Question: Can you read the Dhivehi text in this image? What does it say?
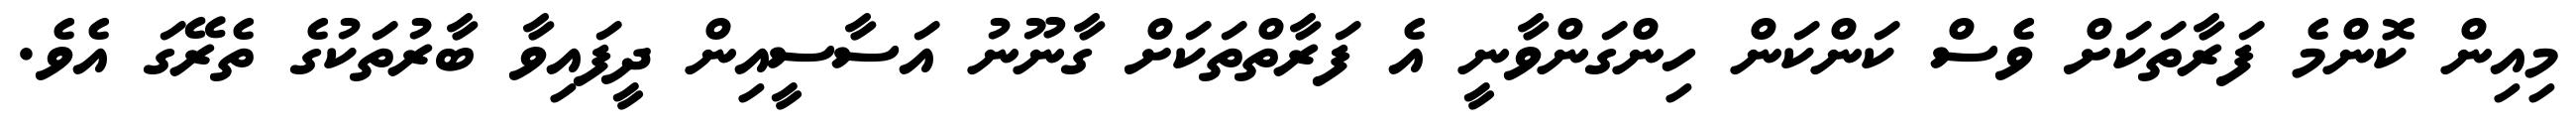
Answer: މިއިން ކޮންމެ ފަރާތަކަށް ވެސް ކަންކަން ހިންގަންވާނީ އެ ފަރާތްތަކަށް ގާނޫނު އަސާސީއިން ދީފައިވާ ބާރުތަކުގެ ތެރޭގަ އެވެ.